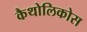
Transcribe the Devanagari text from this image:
कैथोलिकोस